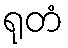
ရုတံ